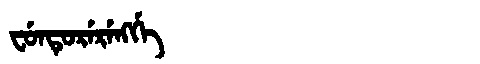
Manchu: ᠸᡠᠨᡨᡠᡵᡝᡵᡝᠩᡤᡝ
Romanization: FUNTURERENGGE